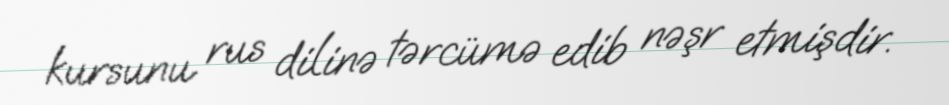
kursunu rus dilinə tərcümə edib nəşr etmişdir.